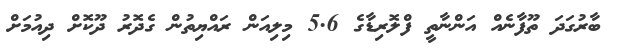
ބާރުގަދަ ތޫފާނެއް އަންނާތީ ފްލޮރިޑާގެ 5.6 މިލިއަން ރައްޔިތުން ގެދޮރު ދޫކޮށް ދިއުމަށް